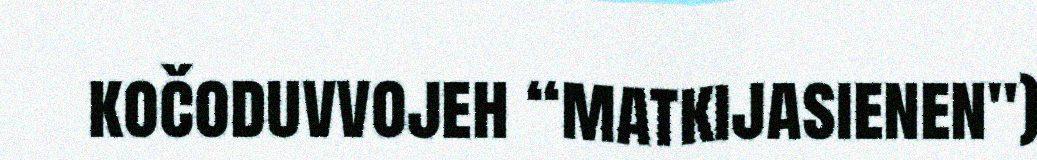
kočoduvvojeh “matkijasienen")